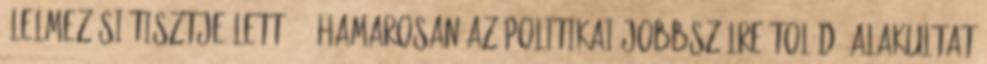
élelmezési tisztje lett. 4 Hamarosan az politikai jobbszélre tolódó alakultat